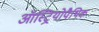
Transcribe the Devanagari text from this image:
ऑस्ट्रियोपैथिक